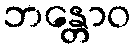
ဘန္တောဝ